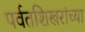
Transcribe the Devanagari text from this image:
पर्वतशिखरांच्या